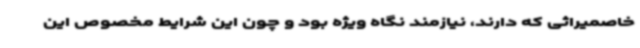
خاصمیراثی که دارند، نیازمند نگاه ویژه بود و چون این شرایط مخصوص این